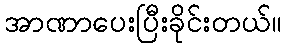
အာဏာပေးပြီးခိုင်းတယ်။